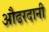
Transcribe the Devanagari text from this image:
औढरदानी